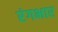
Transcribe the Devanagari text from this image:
रंगभार